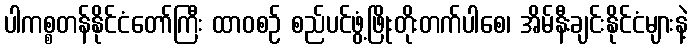
ပါကစ္စတန်နိုင်ငံတော်ကြီး ထာဝစဉ် စည်ပင်ဖွံ့ဖြိုးတိုးတက်ပါစေ၊ အိမ်နီးချင်းနိုင်ငံများနဲ့